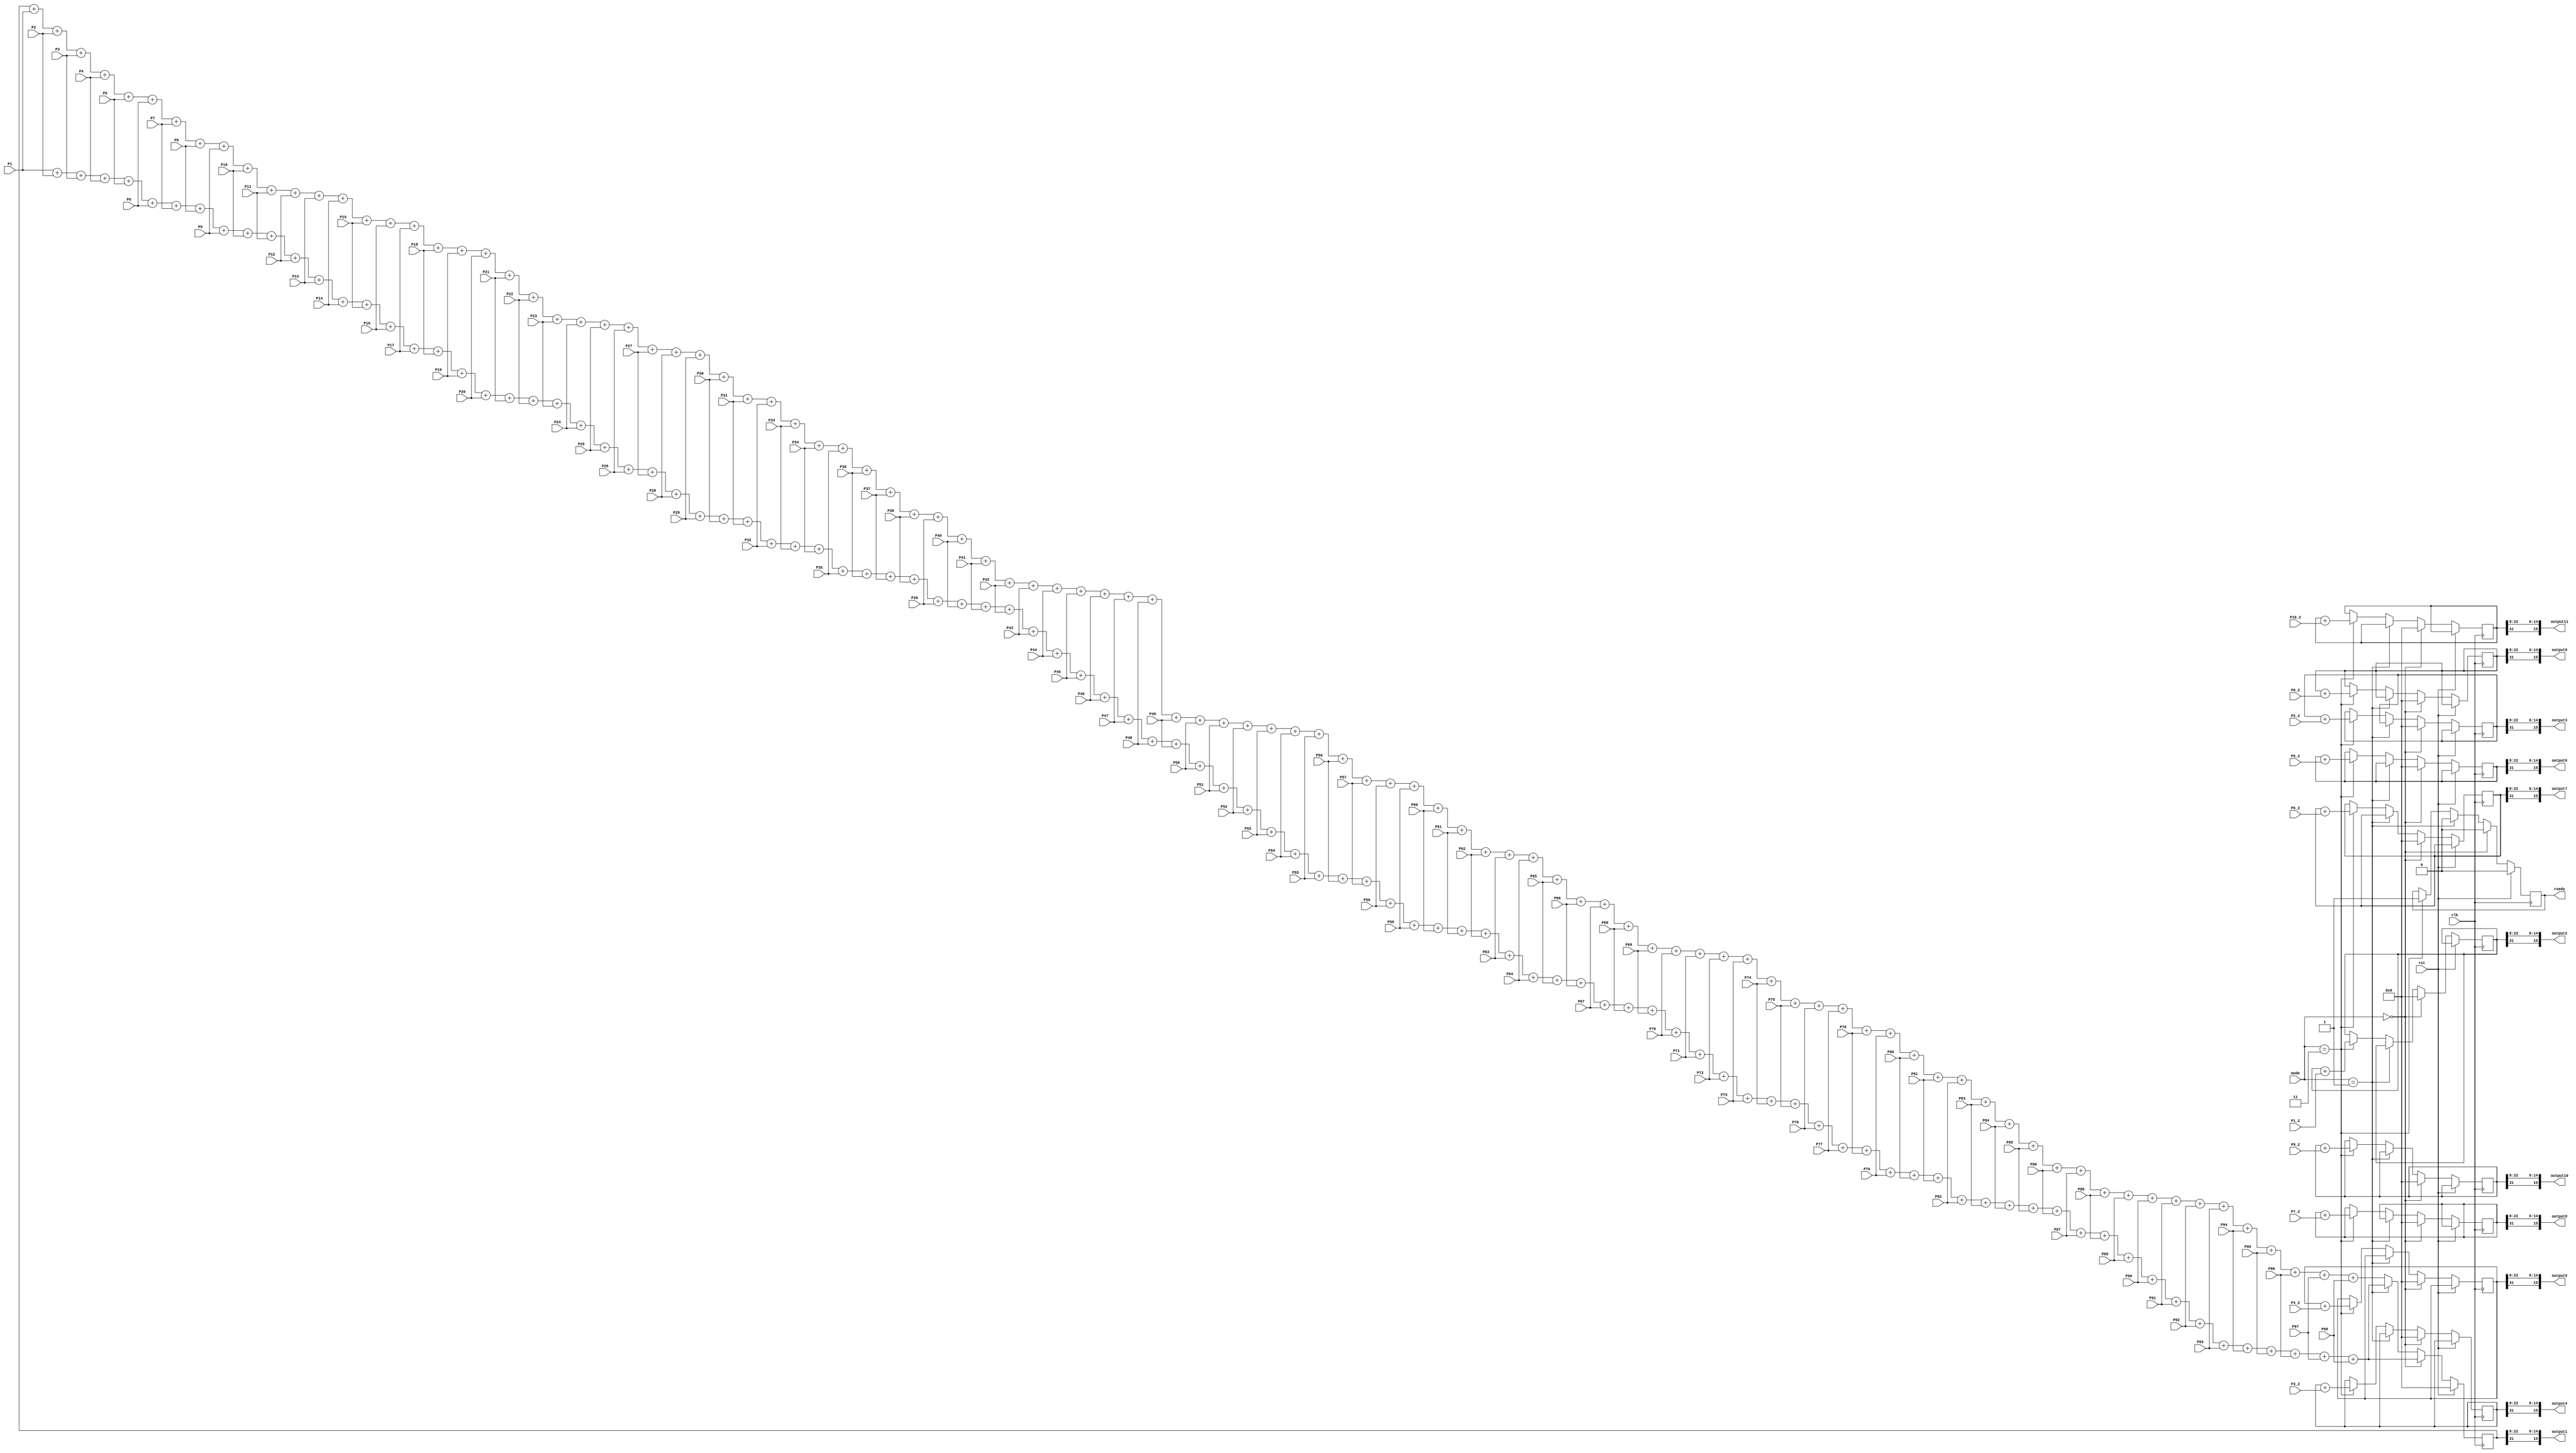
module ADDER(
  clk, rst, mode, ready,
  P1, P2, P3, P4, P5, P6, P7, P8, P9, P10, P11, P12, P13, P14, P15, P16, P17, P18, P19, P20, P21, P22, 
  P23, P24, P25, P26, P27, P28, P29, P30, P31, P32, P33, P34, P35, P36, P37, P38, P39, P40, 
  P41, P42, P43, P44, P45, P46, P47, P48, P49, P50, P51, P52, P53, P54, P55, P56, P57, P58,
  P59, P60, P61, P62, P63, P64, P65, P66, P67, P68, P69, P70, P71, P72, P73, P74, P75, P76, P77, P78, P79, P80, P81, P82, P83, P84, P85, P86, P87, P88, P89, P90, P91, P92, P93, P94, P95, P96, P97, P98, 
  //Output1,Output2,Output3,Output4,Output5,Output6,Output7,Output8,Output9,Output10,Output11
  output1,output2,output3,output4,output5,output6,output7,output8,output9,output10,output11,
  //output1,output2,
  P1_2, P2_2, P3_2, P4_2, P5_2, P6_2, P7_2, P8_2, P9_2, P10_2
);

input clk,rst;
input [1:0] mode;
input [31:0] P1, P2, P3, P4, P5, P6, P7, P8, P9, P10, P11, P12, P13, P14, P15, P16, P17, P18, P19, P20, P21, P22, 
  P23, P24, P25, P26, P27, P28, P29, P30, P31, P32, P33, P34, P35, P36, P37, P38, P39, P40, 
  P41, P42, P43, P44, P45, P46, P47, P48, P49, P50, P51, P52, P53, P54, P55, P56, P57, P58,
  P59, P60, P61, P62, P63, P64, P65, P66, P67, P68, P69, P70, P71, P72, P73, P74, P75, P76, P77, P78, P79, P80, P81, P82, P83, P84, P85, P86, P87, P88, P89, P90, P91, P92, P93, P94, P95, P96, P97, P98;

output wire [15:0] output1,output2,output3,output4,output5,output6,output7,output8,output9,output10,output11;
//output wire [15:0] output1, output2;
//output wire [15:0] output1
//output 
//reg [31:0] Output1,Output2,Output3,Output4,Output5,Output6,Output7,Output8,Output9,Output10,Output11;
input [31:0] P1_2, P2_2, P3_2, P4_2, P5_2, P6_2, P7_2, P8_2, P9_2, P10_2; // product result from layer
reg [31:0] Output1, Output2, Output3, Output4, Output5, Output6, Output7, Output8, Output9, Output10, Output11;
//reg [31:0] Output1_2, Output2_2, Output3_2, Output4_2, Output5_2, Output6_2, Output7_2, Output8_2, Output9_2, Output10_2;
output reg ready;

//layer1 add
always @(posedge clk) begin
    if (rst) begin 
        Output1 <= 0;
        ready <=0;
    end 
    else begin
      //ready signal
        if (mode == 2'b00) begin
            Output1 <= P1+ P2+ P3+ P4+ P5+ P6+ P7+ P8+ P9+ P10+ P11+ P12+ P13+ P14+ P15+ P16+ P17+ P18+ P19+ P20+ P21+ P22+ P23+ P24+ P25+ P26+ P27+ P28+ P29+ P30+ P31+ P32+ P33+ P34+ P35+ P36+ P37+ P38+ P39+ P40+ P41+ P42+ P43+ P44+ P45+ P46+ P47+ P48+ P49+ P50+ P51+ P52+ P53+ P54+ P55+ P56+ P57+ P58+ P59+ P60+ P61+ P62+ P63+ P64+ P65+ P66+ P67+ P68+ P69+ P70+ P71+ P72+ P73+ P74+ P75+ P76+ P77+ P78+ P79+ P80+ P81+ P82+ P83+ P84+ P85+ P86+ P87+ P88+ P89+ P90+ P91+ P92+ P93+ P94+ P95+ P96+ P97+ P98;
            Output2 <= 0;
            Output3 <= 0;
            Output4 <= 0;
            Output5 <= 0;
            Output6 <= 0;
            Output7 <= 0;
            Output8 <= 0;
            Output9 <= 0;
            Output10 <= 0;
            Output11 <= 0;
            ready <= 0;
        end
		  else if (mode == 2'b01) begin
            Output1 <= P1+ P2+ P3+ P4+ P5+ P6+ P7+ P8+ P9+ P10+ P11+ P12+ P13+ P14+ P15+ P16+ P17+ P18+ P19+ P20+ P21+ P22+ P23+ P24+ P25+ P26+ P27+ P28+ P29+ P30+ P31+ P32+ P33+ P34+ P35+ P36+ P37+ P38+ P39+ P40+ P41+ P42+ P43+ P44+ P45+ P46+ P47+ P48+ P49+ P50+ P51+ P52+ P53+ P54+ P55+ P56+ P57+ P58+ P59+ P60+ P61+ P62+ P63+ P64+ P65+ P66+ P67+ P68+ P69+ P70+ P71+ P72+ P73+ P74+ P75+ P76+ P77+ P78+ P79+ P80+ P81+ P82+ P83+ P84+ P85+ P86+ P87+ P88+ P89+ P90+ P91+ P92+ P93+ P94+ P95+ P96+ P97+ P98;
            Output2 <= Output2;
            Output3 <= Output3;
            Output4 <= Output4;
            Output5 <= Output5;
            Output6 <= Output6;
            Output7 <= Output7;
            Output8 <= Output8;
            Output9 <= Output9;
            Output10 <= Output10;
            Output11 <= Output11;
            ready <= 0;
        end
        else if (mode == 2'b11) begin
          Output1 <= Output1+ P1+ P2+ P3+ P4+ P5+ P6+ P7+ P8+ P9+ P10+ P11+ P12+ P13+ P14+ P15+ P16+ P17+ P18+ P19+ P20+ P21+ P22+ P23+ P24+ P25+ P26+ P27+ P28+ P29+ P30+ P31+ P32+ P33+ P34+ P35+ P36+ P37+ P38+ P39+ P40+ P41+ P42+ P43+ P44+ P45+ P46+ P47+ P48+ P49+ P50+ P51+ P52+ P53+ P54+ P55+ P56+ P57+ P58+ P59+ P60+ P61+ P62+ P63+ P64+ P65+ P66+ P67+ P68+ P69+ P70+ P71+ P72+ P73+ P74+ P75+ P76+ P77+ P78+ P79+ P80+ P81+ P82+ P83+ P84+ P85+ P86+ P87+ P88+ P89+ P90+ P91+ P92+ P93+ P94+ P95+ P96+ P97+ P98;
            Output2 <= Output2 + P1_2;
            Output3 <= Output3 + P2_2;
            Output4 <= Output4 + P3_2;
            Output5 <= Output5 + P4_2;
            Output6 <= Output6 + P5_2;
            Output7 <= Output7 + P6_2;
            Output8 <= Output8 + P7_2;
            Output9 <= Output9 + P8_2;
            Output10 <= Output10 + P9_2;
            Output11 <= Output11 + P10_2;
          ready <= 1;
        end
        else begin
          Output1 <= Output1+ P1+ P2+ P3+ P4+ P5+ P6+ P7+ P8+ P9+ P10+ P11+ P12+ P13+ P14+ P15+ P16+ P17+ P18+ P19+ P20+ P21+ P22+ P23+ P24+ P25+ P26+ P27+ P28+ P29+ P30+ P31+ P32+ P33+ P34+ P35+ P36+ P37+ P38+ P39+ P40+ P41+ P42+ P43+ P44+ P45+ P46+ P47+ P48+ P49+ P50+ P51+ P52+ P53+ P54+ P55+ P56+ P57+ P58+ P59+ P60+ P61+ P62+ P63+ P64+ P65+ P66+ P67+ P68+ P69+ P70+ P71+ P72+ P73+ P74+ P75+ P76+ P77+ P78+ P79+ P80+ P81+ P82+ P83+ P84+ P85+ P86+ P87+ P88+ P89+ P90+ P91+ P92+ P93+ P94+ P95+ P96+ P97+ P98;
          Output2 <= Output2;
          Output3 <= Output3;
          Output4 <= Output4;
          Output5 <= Output5;
          Output6 <= Output6;
          Output7 <= Output7;
          Output8 <= Output8;
          Output9 <= Output9;
          Output10 <= Output10;
          Output11 <= Output11;
            
        end
       
    end
end


assign output1[15]    = Output1[31];
assign output2[15]    = Output2[31];
assign output3[15]    = Output3[31];
assign output4[15]    = Output4[31];
assign output5[15]    = Output5[31];
assign output6[15]    = Output6[31];
assign output7[15]    = Output7[31];
assign output8[15]    = Output8[31];
assign output9[15]    = Output9[31];
assign output10[15]   = Output10[31];
assign output11[15]   = Output11[31];
assign output1[14:0]  = Output1[23:8];
assign output2[14:0]  = Output2[23:8];
assign output3[14:0]  = Output3[23:8];
assign output4[14:0]  = Output4[23:8];
assign output5[14:0]  = Output5[23:8];
assign output6[14:0]  = Output6[23:8];
assign output7[14:0]  = Output7[23:8];
assign output8[14:0]  = Output8[23:8];
assign output9[14:0]  = Output9[23:8];
assign output10[14:0] = Output10[23:8];
assign output11[14:0] = Output11[23:8];


endmodule // ADDER